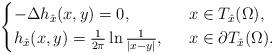
LaTeX: \begin{align*}\begin{cases}-\Delta h_{\hat{x}}(x, y)=0, \ \ &x\in T_{\hat{x}}(\Omega),\\h_{\hat{x}}(x, y)=\frac{1}{2\pi}\ln\frac{1}{|x-y|}, \ \ &x\in \partial T_{\hat{x}}(\Omega).\end{cases}\end{align*}